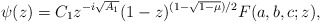
\begin{align*}\psi(z) = C_1 z^{-i \sqrt{A_1}} (1 -z)^{(1 - \sqrt{1-\mu})/2} F(a,b,c;z),\end{align*}